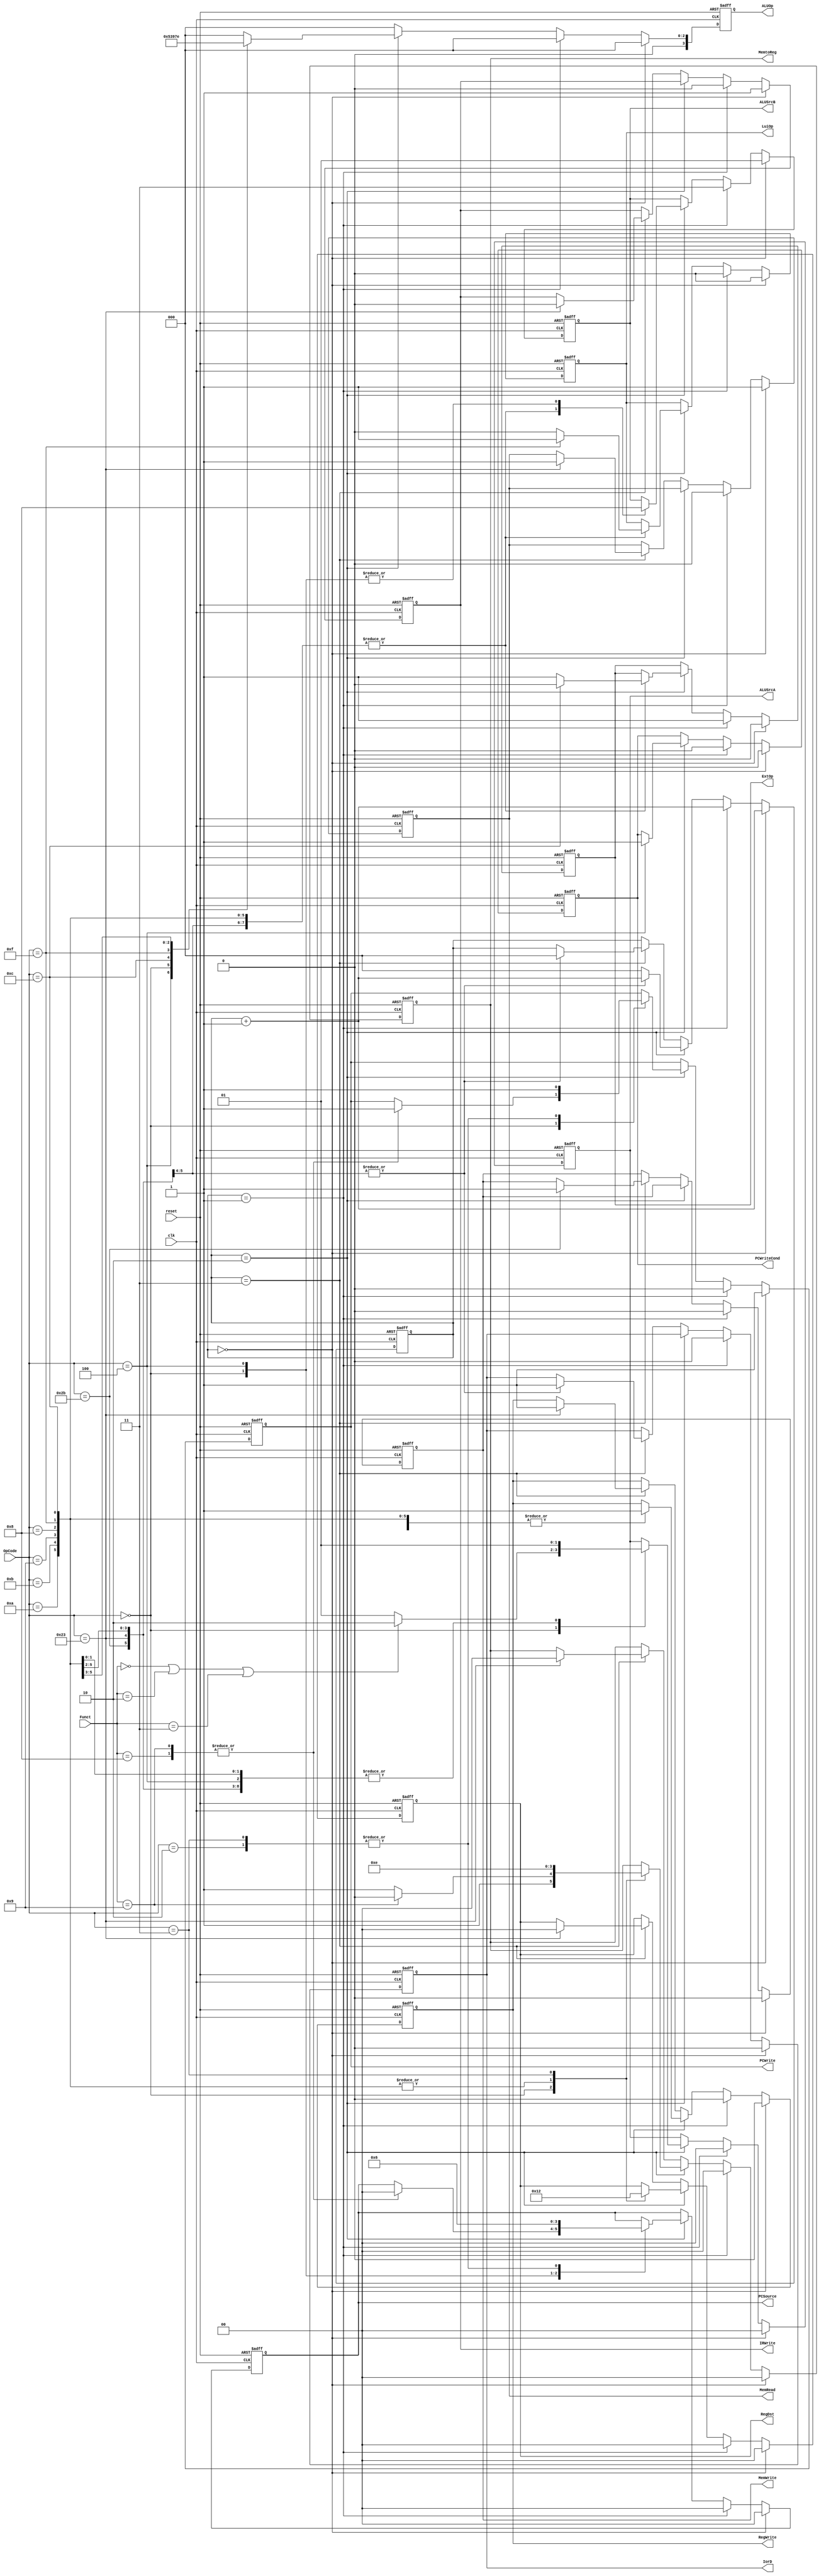
`timescale 1ns / 1ps

module Controller(reset, clk, OpCode, Funct, 
                PCWrite, PCWriteCond, IorD, MemWrite, MemRead,
                IRWrite, MemtoReg, RegDst, RegWrite, ExtOp, LuiOp,
                ALUSrcA, ALUSrcB, ALUOp, PCSource);
    //Input Clock Signals
    input reset;
    input clk;
    //Input Signals
    input  [5:0] OpCode;
    input  [5:0] Funct;
    //Output Control Signals
    output reg PCWrite;
    output reg PCWriteCond;
    output reg IorD;
    output reg MemWrite;
    output reg MemRead;
    output reg IRWrite;
    output reg [1:0] MemtoReg;
    output reg [1:0] RegDst;
    output reg RegWrite;
    output reg ExtOp;
    output reg LuiOp;
    output reg [1:0] ALUSrcA;
    output reg [1:0] ALUSrcB;
    output reg [3:0] ALUOp;
    output reg [1:0] PCSource;
      
	reg [1:0] state; //current state
	reg [2:0] next_state; //next_state
	parameter sIF = 2'b0 ,sID = 2'b1; 

    always @(posedge reset or posedge clk) 
    begin
        if (reset) 
            begin
                state <= 3'b0;
                next_state <=3'b0;
                PCWrite <= 1'b0;
                PCWriteCond <= 1'b0;
                IorD <= 1'b0;
                MemWrite <= 1'b0;
                MemRead <= 1'b0;
                IRWrite <= 1'b0;
                MemtoReg <= 2'b00;
                RegDst <= 2'b0;
                RegWrite <= 1'b0;
                ExtOp <= 1'b0;
                LuiOp <= 1'b0;
                ALUSrcA <= 2'b0;
                ALUSrcB <= 2'b0;
                PCSource <=2'b0;
            end
        else
        begin
            if (next_state == sIF) 
                begin
                    
                    state <= next_state;
                    next_state <= next_state + 2'b1;
                    
                    MemRead <= 1'b1;
                    IRWrite <= 1'b1;
                    PCWrite <= 1'b1;
                    PCSource <= 2'b00;
                    ALUSrcA <= 2'b00;
                    IorD <= 1'b0;
                    ALUSrcB <= 2'b01;
        
                    PCWriteCond <= 1'b0;
                    MemWrite <= 1'b0;
                    MemtoReg <= 2'b00;
                    RegDst <= 2'b0;
                    RegWrite <= 1'b0;
                    ExtOp <= 1'b0;
                    LuiOp <= 1'b0;
                end
                
            else if (next_state == sID) 
                begin
                    state <= next_state;
                    next_state <= next_state + 2'b1;
                    ALUSrcA <= 2'b00;
                    ALUSrcB <= 2'b11;    
                    ExtOp <= 1'b1;
                    
                    PCWrite <= 1'b0;
                    PCWriteCond <= 1'b0;
                    IorD <= 1'b0;
                    MemWrite <= 1'b0;
                    MemRead <= 1'b0;
                    IRWrite <= 1'b0;
                    MemtoReg <= 2'b00;
                    RegDst <= 2'b0;
                    RegWrite <= 1'b0;
                    LuiOp <= 1'b0;
                    PCSource <=2'b0;
                end
            else if (next_state == 2'd2) 
                begin
                    state <= next_state;
                    case(OpCode)
                        6'h00: 
                            begin
                                ALUSrcA <= (Funct==6'h00 || Funct==6'h02 || Funct==6'h03 ) ? 2'b10 : 2'b01; 
                                ALUSrcB <= 2'b00;
								//
								RegWrite <= 1'b1;
                                RegDst <= 2'b01;
                                MemtoReg <= 2'b11;
								next_state <= sIF;
								//
                                case(Funct)
                                    6'h08:      
                                        begin
                                            PCSource <= 2'b00;
                                            PCWrite  <= 1'b1;
                                        end
                                    6'h09:        
                                        begin
                                            PCSource <= 2'b00;
                                            PCWrite  <= 1'b1;
                                            
                                            RegDst <= 2'b01;   
                                            MemtoReg <= 2'b10;
                                            RegWrite <= 1'b1;
                                        end
                                    default:;
                                endcase
                            end
						6'h23,6'h2b://lw sw
							begin
								ALUSrcA <= 2'b01;
                                ALUSrcB <= 2'b10;
                                ExtOp <=((OpCode==6'h0c)? 0 : 1);
                                LuiOp <=((OpCode==6'h0f)? 1 : 0);
                                next_state <= next_state +2'b1;
							end
                        6'h0f,6'h08,6'h09,6'h0c,6'h0b,6'h0a://andi other I
                            begin
                                ALUSrcA <= 2'b01;   
                                ALUSrcB <= 2'b10;   
                                ExtOp <=((OpCode==6'h0c)? 0 : 1);      
                                LuiOp <=((OpCode==6'h0f)? 1 : 0);
								//
								RegWrite <= 1'b1;
                                RegDst <= 2'b00;
                                MemtoReg <= 2'b11;
                                next_state <= sIF;
								//
                            end
                        6'h04://beq
                            begin
                                PCWriteCond <= 1'b1;
                                ALUSrcA <= 2'b01;
                                ALUSrcB <= 2'b00;
                                PCSource <= 2'b01;
                                next_state <= sIF;
                            end
                        6'h02://j
                            begin
                                PCWrite <= 1'b1;
                                PCSource <= 2'b10;
                                next_state <= sIF;
                            end
                        6'h03://jal
                            begin
                                PCWrite <= 1'b1;
                                PCSource <= 2'b10;
                                                               
                                RegDst <=  2'b10;   
                                MemtoReg <= 2'b10;
                                RegWrite <= 1'b1;
                                
                                next_state <= sIF;
                            end 
                        default: 
                            begin
                                next_state <= sIF;
                            end
                    endcase
                end
            else if (next_state == 2'd3) 
                begin
                    state<=next_state;
                    case(OpCode)
                        6'h2b:      
                            begin
                                MemWrite<=1'b1;
                                IorD <=1'b1;
                                next_state <= sIF;
                            end
                        6'h23:      
                            begin
                                MemRead <= 1'b1;
                                IorD <= 1'b1;
                                IRWrite <=1'b0;
								//
								RegWrite <= 1'b1;
                                RegDst <= 2'b00;
                                MemtoReg <= 2'b00;
                                next_state <= sIF;
								//
                            end
                        default:;
                    endcase
                end
         end
    end
    
    
    //--------------Your code below-----------------------
    //ALUOp

	parameter ADD=4'h0;
	parameter SUB=4'h1;
	parameter FUNCT=4'h2;
	parameter AND=4'h3;
	parameter LU=4'h4;
	parameter SLT=4'h5;
	parameter ADDU=4'h6;
	parameter SLTU=4'h7;
	
    always @(posedge reset or posedge clk) 
    begin
        if (reset) 
            begin
                ALUOp<=4'h0;
            end
        else
        begin
			if (next_state == sIF)begin
				ALUOp<=ADD;
			end
			else if (next_state == sID)begin
				ALUOp<=ADD;
			end
			else if (next_state == 2'd2)begin
				case(OpCode)
					6'h04:begin//beq
						ALUOp<=SUB;
					end
					6'h00:begin//R(jr jalr included)
						ALUOp<=FUNCT;
					end
					6'h0c:begin//andi
						ALUOp<=AND;
					end
					6'h0f:begin//lui
						ALUOp<=LU;
					end
					6'h0a:begin//slti
						ALUOp<=SLT;
					end
					6'h0b:begin//sltiu
						ALUOp<=SLTU;
					end
					6'h23,6'h2b,6'h08:begin//lw sw addi
						ALUOp<=ADD;
					end
					6'h09:begin//addiu
						ALUOp<=ADDU;
					end
					default:begin
						ALUOp<=4'h0;
					end
				endcase
			end
			else ALUOp<=4'h0;
		end
	end

    //--------------Your code above-----------------------

endmodule